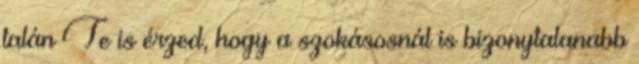
talán Te is érzed, hogy a szokásosnál is bizonytalanabb